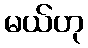
မယ်ဟု